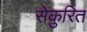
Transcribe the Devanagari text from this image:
सेकुरित